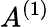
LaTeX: A^{(1)}